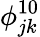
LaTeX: \phi_{jk}^{10}